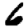
Digit: 6